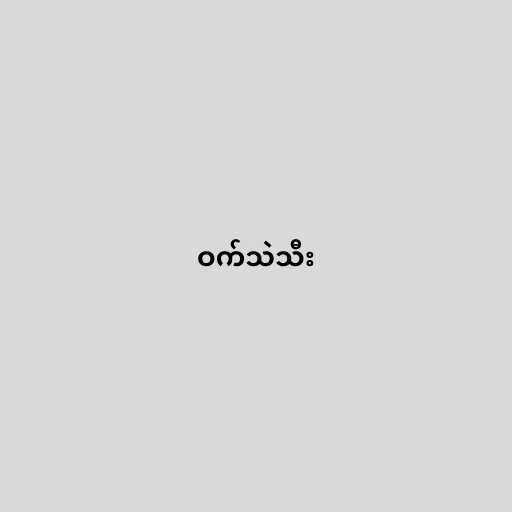
ဝက်သဲသီး